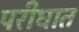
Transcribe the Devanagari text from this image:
परीघात